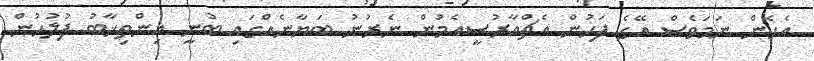
އެހެން ނަމަވެސް އޭގެ ފަހުން އެޗްއާރުސީއެމުން ނެރުނު ބަޔާނެއްގައި ބުނީ އިންތިޚާބު ފުލުހުން